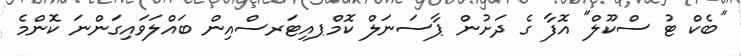
"ބެކް ޓު ސްކޫލް" އޮފާ ގެ ދަށުން ޕާސަނަލް ކޮމްޕއިޓަރސްއިން ބައްލަވައިގަންނަ ކޮންމެ